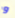
و